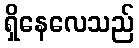
ရှိနေလေသည်